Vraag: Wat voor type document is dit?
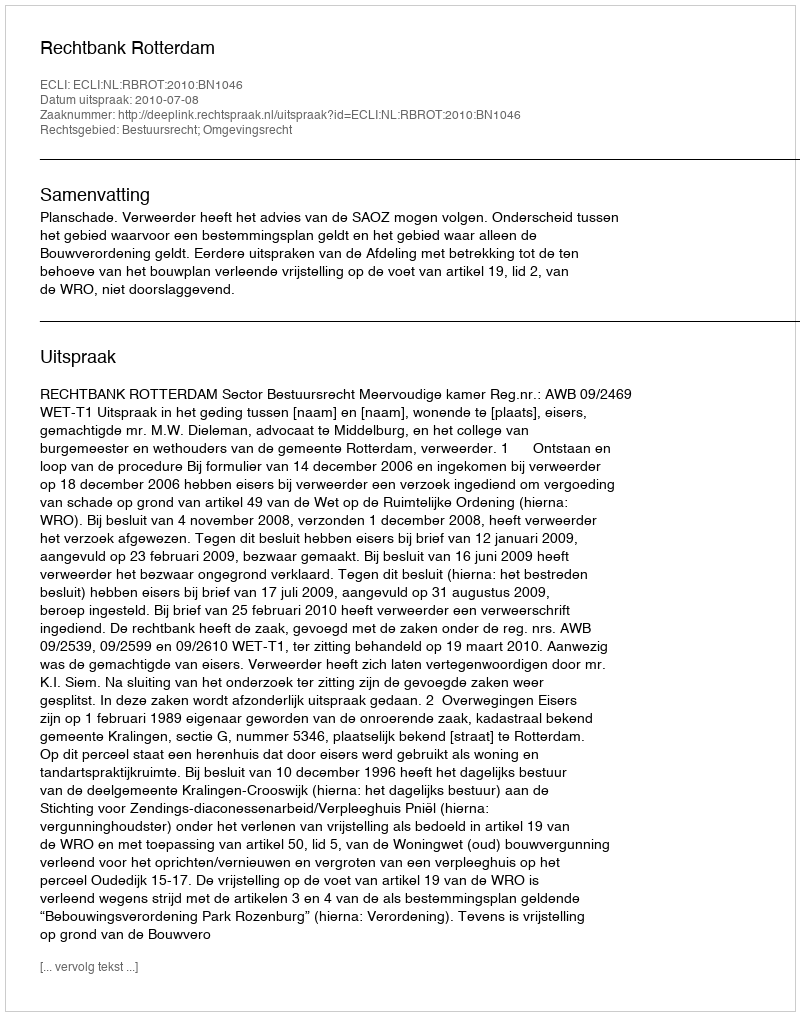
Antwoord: Uitspraak